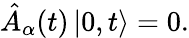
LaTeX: \hat{A}_{\alpha}(t)\left|0,t\right>=0.